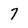
Character: 7